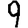
Digit: 9